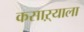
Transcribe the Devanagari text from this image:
कसाऱ्याला